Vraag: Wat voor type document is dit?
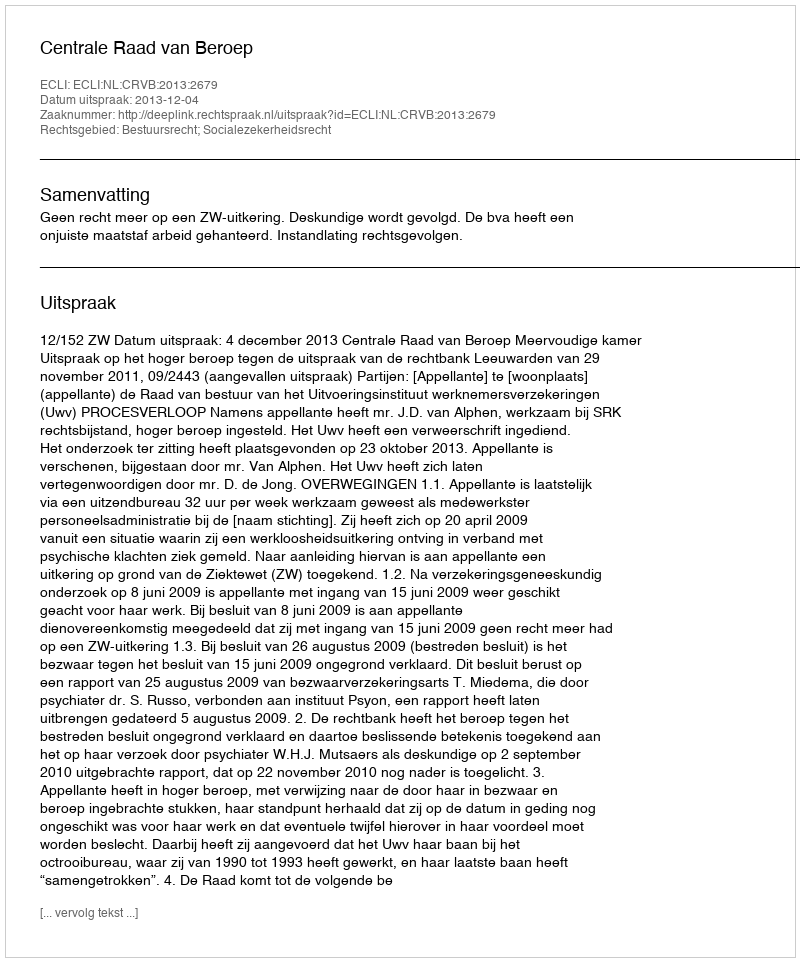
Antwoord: Uitspraak